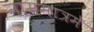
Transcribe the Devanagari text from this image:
नाममात्रमे